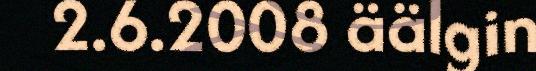
2.6.2008 äälgin